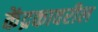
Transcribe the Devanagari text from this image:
केंद्रकावरील